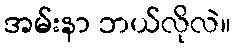
အမ်းနာ ဘယ်လိုလဲ။